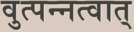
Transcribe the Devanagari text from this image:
वुत्पन्नत्वात्